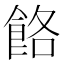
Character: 餎